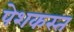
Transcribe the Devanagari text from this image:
पेशकस्त